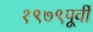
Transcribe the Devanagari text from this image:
१९७९पूर्वी